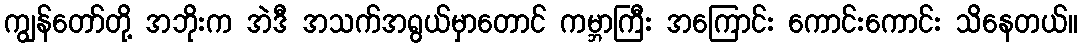
ကျွန်တော်တို့ အဘိုးက အဲဒီ အသက်အရွယ်မှာတောင် ကမ္ဘာကြီး အကြောင်း ကောင်းကောင်း သိနေတယ်။